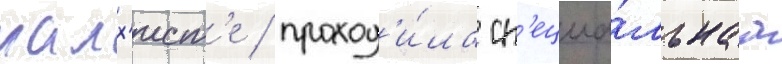
малх'ист'е / проход'и́ла сп'ециа́льнаа